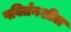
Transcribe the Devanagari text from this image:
पविर्तनशील